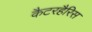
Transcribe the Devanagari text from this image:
कैटरहैरिस